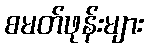
စမတ်ဖုန်းများ